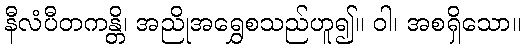
နီလံပီတကန္တိ၊ အညိုအရွှေစသည်ဟူ၍။ ဝါ၊ အစရှိသော။